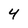
Character: 4